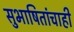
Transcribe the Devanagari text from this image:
सुभाषितांचाही